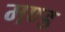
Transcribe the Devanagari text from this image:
मण्ड